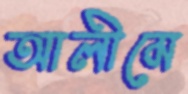
আলীমে